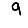
Digit: 9